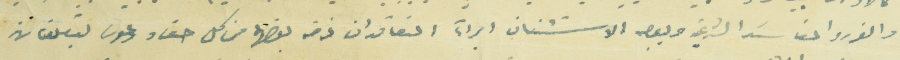
والغرر والمفاسَد الشرعية وبوجه الاستئناف ابرآء المتعاقدان غرض بعضهما من كل حق، ودعوى يتعلقان